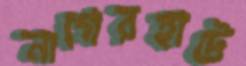
নাগেরহাটে